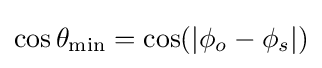
\cos \theta _{\text{min}}=\cos(|\phi _{o}-\phi _{s}|)